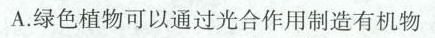
A.绿色植物可以通过光合作用制造有机物